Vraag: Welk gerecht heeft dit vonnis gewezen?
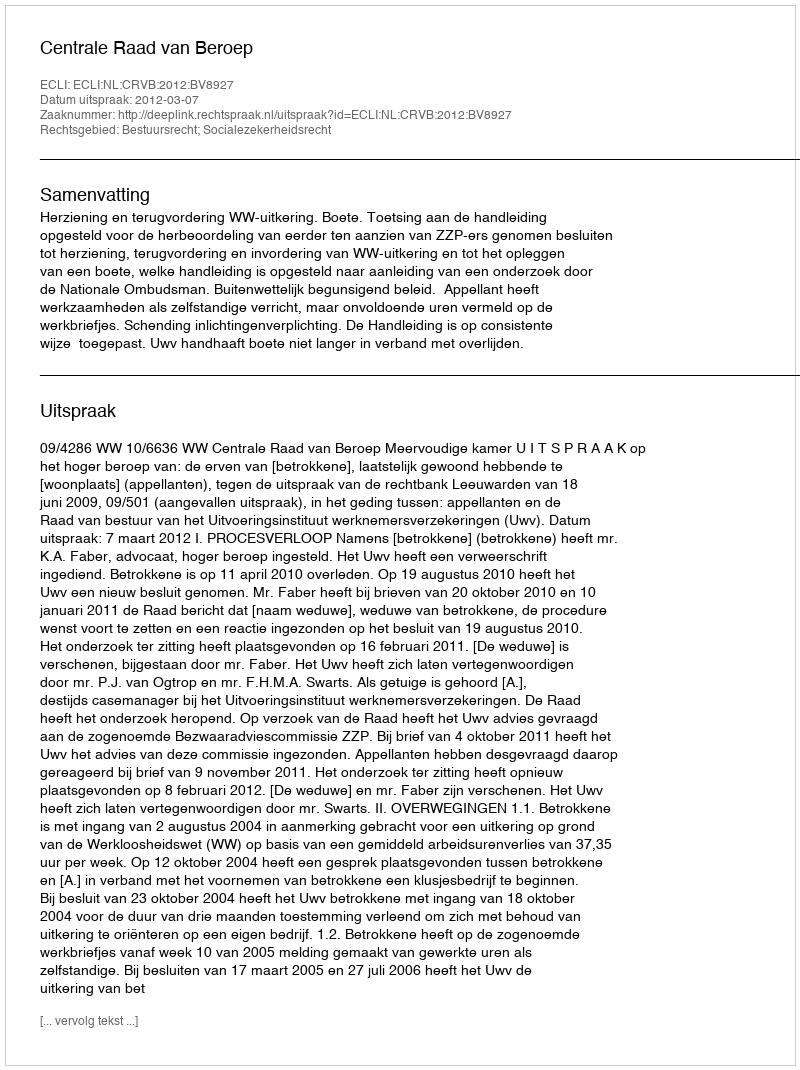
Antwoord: Centrale Raad van Beroep